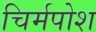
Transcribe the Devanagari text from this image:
चिर्मपोश